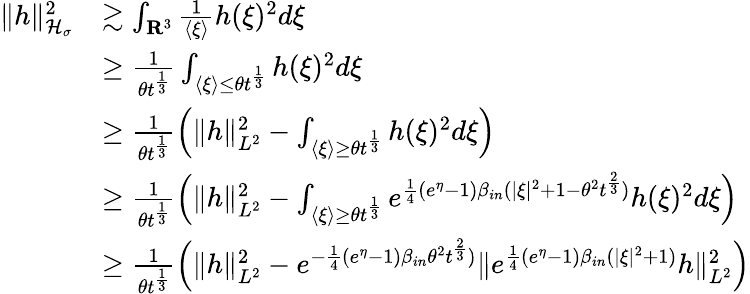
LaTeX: \begin{array}{rl}{\| h\| _{\mathcal H_{\sigma}}^{2}}&{\gtrsim\int_{\mathbf R^{3}}\frac{1}{\langle\xi\rangle}h(\xi)^{2}d\xi}\\ &{\geq\frac{1}{\theta t^{\frac{1}{3}}}\int_{\langle\xi\rangle\leq\theta t^{\frac{1}{3}}}h(\xi)^{2}d\xi}\\ &{\geq\frac{1}{\theta t^{\frac{1}{3}}}\left(\| h\| _{L^{2}}^{2}-\int_{\langle\xi\rangle\geq\theta t^{\frac{1}{3}}}h(\xi)^{2}d\xi\right)}\\ &{\geq\frac{1}{\theta t^{\frac{1}{3}}}\left(\| h\| _{L^{2}}^{2}-\int_{\langle\xi\rangle\geq\theta t^{\frac{1}{3}}}e^{\frac{1}{4}(e^{\eta}-1)\beta_{in}(|\xi|^{2}+1-\theta^{2}t^{\frac{2}{3}})}h(\xi)^{2}d\xi\right)}\\ &{\geq\frac{1}{\theta t^{\frac{1}{3}}}\left(\| h\| _{L^{2}}^{2}-e^{-\frac{1}{4}(e^{\eta}-1)\beta_{in}\theta^{2}t^{\frac{2}{3}})}\| e^{\frac{1}{4}(e^{\eta}-1)\beta_{in}(|\xi|^{2}+1)}h\| _{L^{2}}^{2}\right)}\end{array}